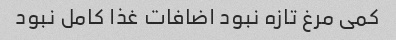
کمی مرغ تازه نبود اضافات غذا کامل نبود